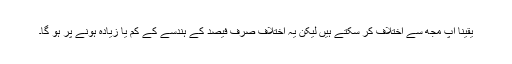
یقینا آپ مجھ سے اختلاف کر سکتے ہیں لیکن یہ اختلاف صرف فیصد کے ہندسے کے کم یا زیادہ ہونے پر ہو گا۔